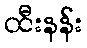
ထီးနန်း